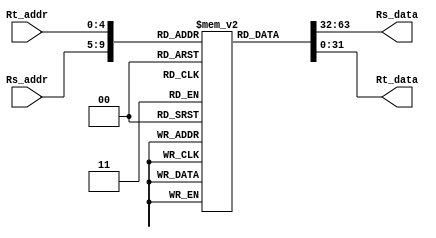

//////////////////////////////////////////////////////////////////////////////////
// Company: 
// Engineer: 
// 
// Design Name: 
// Module Name: RF
// Project Name: 
// Target Devices: 
// Tool Versions: 
// Description: 
// 
// Dependencies: 
// 
// Revision:
// Revision 0.01 - File Created
// Additional Comments:
// 
//////////////////////////////////////////////////////////////////////////////////


module RF(
    input [4:0] Rs_addr,
    input [4:0] Rt_addr,
    output [31:0] Rs_data,
    output [31:0] Rt_data
    );

    reg [31:0]R[0:31];

    assign Rs_data = R[Rs_addr];
    assign Rt_data = R[Rt_addr];

endmodule